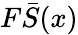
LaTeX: F\bar{S}(x)